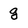
Character: g